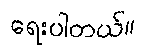
ရေးပါတယ်။